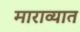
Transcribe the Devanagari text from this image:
माराव्यात